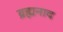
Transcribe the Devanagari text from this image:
ब्रह्मनाद